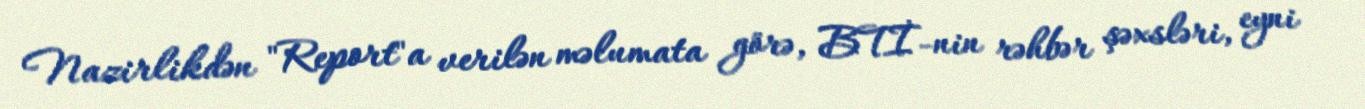
Nazirlikdən "Report"a verilən məlumata görə, BTİ-nin rəhbər şəxsləri, eyni